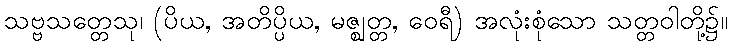
သဗ္ဗသတ္တေသု၊ (ပိယ, အတိပ္ပိယ, မဇ္ဈတ္တ, ဝေရီ) အလုံးစုံသော သတ္တဝါတို့၌။